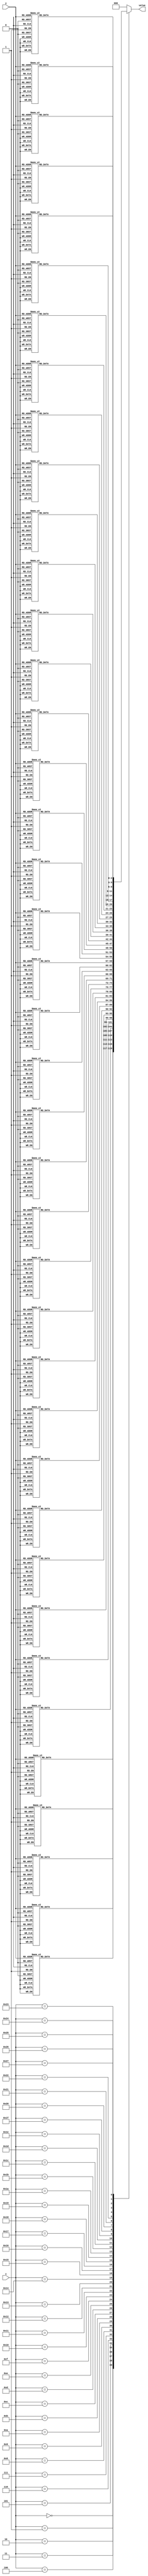
module level_3(x, y, value);
    input [5:0] x;
    input [4:0] y;
    output [2:0] value;

    reg [2:0] value;
    always @(*)
    case (x)
        6'd0: begin
            case (y)
                5'd0: value = 3'd7;
                5'd1: value = 3'd7;
                5'd2: value = 3'd7;
                5'd3: value = 3'd7;
                5'd4: value = 3'd7;
                5'd5: value = 3'd7;
                5'd6: value = 3'd7;
                5'd7: value = 3'd7;
                5'd8: value = 3'd7;
                5'd9: value = 3'd7;
                5'd10: value = 3'd7;
                5'd11: value = 3'd7;
                5'd12: value = 3'd7;
                5'd13: value = 3'd7;
                5'd14: value = 3'd7;
                5'd15: value = 3'd7;
                5'd16: value = 3'd7;
                5'd17: value = 3'd7;
                5'd18: value = 3'd7;
                5'd19: value = 3'd7;
                5'd20: value = 3'd7;
                5'd21: value = 3'd7;
                5'd22: value = 3'd7;
                5'd23: value = 3'd7;
                5'd24: value = 3'd7;
                5'd25: value = 3'd7;
                5'd26: value = 3'd7;
                5'd27: value = 3'd7;
                5'd28: value = 3'd7;
                5'd29: value = 3'd7;
                default: value = 3'd0;
            endcase
        end
        6'd1: begin
            case (y)
                5'd0: value = 3'd7;
                5'd1: value = 3'd0;
                5'd2: value = 3'd0;
                5'd3: value = 3'd0;
                5'd4: value = 3'd5;
                5'd5: value = 3'd5;
                5'd6: value = 3'd5;
                5'd7: value = 3'd5;
                5'd8: value = 3'd5;
                5'd9: value = 3'd5;
                5'd10: value = 3'd5;
                5'd11: value = 3'd5;
                5'd12: value = 3'd5;
                5'd13: value = 3'd5;
                5'd14: value = 3'd5;
                5'd15: value = 3'd5;
                5'd16: value = 3'd5;
                5'd17: value = 3'd5;
                5'd18: value = 3'd5;
                5'd19: value = 3'd5;
                5'd20: value = 3'd5;
                5'd21: value = 3'd5;
                5'd22: value = 3'd5;
                5'd23: value = 3'd5;
                5'd24: value = 3'd5;
                5'd25: value = 3'd5;
                5'd26: value = 3'd4;
                5'd27: value = 3'd4;
                5'd28: value = 3'd4;
                5'd29: value = 3'd7;
                default: value = 3'd0;
            endcase
        end
        6'd2: begin
            case (y)
                5'd0: value = 3'd7;
                5'd1: value = 3'd0;
                5'd2: value = 3'd0;
                5'd3: value = 3'd0;
                5'd4: value = 3'd5;
                5'd5: value = 3'd5;
                5'd6: value = 3'd5;
                5'd7: value = 3'd5;
                5'd8: value = 3'd5;
                5'd9: value = 3'd5;
                5'd10: value = 3'd5;
                5'd11: value = 3'd5;
                5'd12: value = 3'd5;
                5'd13: value = 3'd5;
                5'd14: value = 3'd5;
                5'd15: value = 3'd5;
                5'd16: value = 3'd5;
                5'd17: value = 3'd5;
                5'd18: value = 3'd5;
                5'd19: value = 3'd5;
                5'd20: value = 3'd5;
                5'd21: value = 3'd5;
                5'd22: value = 3'd5;
                5'd23: value = 3'd5;
                5'd24: value = 3'd5;
                5'd25: value = 3'd5;
                5'd26: value = 3'd4;
                5'd27: value = 3'd4;
                5'd28: value = 3'd4;
                5'd29: value = 3'd7;
                default: value = 3'd0;
            endcase
        end
        6'd3: begin
            case (y)
                5'd0: value = 3'd7;
                5'd1: value = 3'd0;
                5'd2: value = 3'd0;
                5'd3: value = 3'd0;
                5'd4: value = 3'd5;
                5'd5: value = 3'd5;
                5'd6: value = 3'd5;
                5'd7: value = 3'd5;
                5'd8: value = 3'd5;
                5'd9: value = 3'd5;
                5'd10: value = 3'd5;
                5'd11: value = 3'd5;
                5'd12: value = 3'd5;
                5'd13: value = 3'd5;
                5'd14: value = 3'd5;
                5'd15: value = 3'd5;
                5'd16: value = 3'd5;
                5'd17: value = 3'd5;
                5'd18: value = 3'd5;
                5'd19: value = 3'd5;
                5'd20: value = 3'd5;
                5'd21: value = 3'd5;
                5'd22: value = 3'd5;
                5'd23: value = 3'd5;
                5'd24: value = 3'd5;
                5'd25: value = 3'd5;
                5'd26: value = 3'd4;
                5'd27: value = 3'd4;
                5'd28: value = 3'd4;
                5'd29: value = 3'd7;
                default: value = 3'd0;
            endcase
        end
        6'd4: begin
            case (y)
                5'd0: value = 3'd7;
                5'd1: value = 3'd0;
                5'd2: value = 3'd0;
                5'd3: value = 3'd0;
                5'd4: value = 3'd5;
                5'd5: value = 3'd5;
                5'd6: value = 3'd5;
                5'd7: value = 3'd5;
                5'd8: value = 3'd5;
                5'd9: value = 3'd5;
                5'd10: value = 3'd5;
                5'd11: value = 3'd5;
                5'd12: value = 3'd5;
                5'd13: value = 3'd5;
                5'd14: value = 3'd5;
                5'd15: value = 3'd5;
                5'd16: value = 3'd5;
                5'd17: value = 3'd5;
                5'd18: value = 3'd5;
                5'd19: value = 3'd5;
                5'd20: value = 3'd5;
                5'd21: value = 3'd5;
                5'd22: value = 3'd5;
                5'd23: value = 3'd5;
                5'd24: value = 3'd5;
                5'd25: value = 3'd5;
                5'd26: value = 3'd0;
                5'd27: value = 3'd0;
                5'd28: value = 3'd0;
                5'd29: value = 3'd7;
                default: value = 3'd0;
            endcase
        end
        6'd5: begin
            case (y)
                5'd0: value = 3'd7;
                5'd1: value = 3'd0;
                5'd2: value = 3'd0;
                5'd3: value = 3'd0;
                5'd4: value = 3'd5;
                5'd5: value = 3'd4;
                5'd6: value = 3'd4;
                5'd7: value = 3'd4;
                5'd8: value = 3'd4;
                5'd9: value = 3'd4;
                5'd10: value = 3'd4;
                5'd11: value = 3'd4;
                5'd12: value = 3'd4;
                5'd13: value = 3'd4;
                5'd14: value = 3'd4;
                5'd15: value = 3'd4;
                5'd16: value = 3'd4;
                5'd17: value = 3'd4;
                5'd18: value = 3'd4;
                5'd19: value = 3'd4;
                5'd20: value = 3'd4;
                5'd21: value = 3'd4;
                5'd22: value = 3'd4;
                5'd23: value = 3'd4;
                5'd24: value = 3'd4;
                5'd25: value = 3'd5;
                5'd26: value = 3'd0;
                5'd27: value = 3'd0;
                5'd28: value = 3'd0;
                5'd29: value = 3'd7;
                default: value = 3'd0;
            endcase
        end
        6'd6: begin
            case (y)
                5'd0: value = 3'd7;
                5'd1: value = 3'd0;
                5'd2: value = 3'd0;
                5'd3: value = 3'd0;
                5'd4: value = 3'd5;
                5'd5: value = 3'd4;
                5'd6: value = 3'd4;
                5'd7: value = 3'd4;
                5'd8: value = 3'd4;
                5'd9: value = 3'd4;
                5'd10: value = 3'd4;
                5'd11: value = 3'd4;
                5'd12: value = 3'd4;
                5'd13: value = 3'd4;
                5'd14: value = 3'd4;
                5'd15: value = 3'd4;
                5'd16: value = 3'd4;
                5'd17: value = 3'd4;
                5'd18: value = 3'd4;
                5'd19: value = 3'd4;
                5'd20: value = 3'd4;
                5'd21: value = 3'd4;
                5'd22: value = 3'd4;
                5'd23: value = 3'd4;
                5'd24: value = 3'd4;
                5'd25: value = 3'd5;
                5'd26: value = 3'd0;
                5'd27: value = 3'd0;
                5'd28: value = 3'd0;
                5'd29: value = 3'd7;
                default: value = 3'd0;
            endcase
        end
        6'd7: begin
            case (y)
                5'd0: value = 3'd7;
                5'd1: value = 3'd0;
                5'd2: value = 3'd0;
                5'd3: value = 3'd0;
                5'd4: value = 3'd5;
                5'd5: value = 3'd4;
                5'd6: value = 3'd4;
                5'd7: value = 3'd4;
                5'd8: value = 3'd4;
                5'd9: value = 3'd4;
                5'd10: value = 3'd4;
                5'd11: value = 3'd4;
                5'd12: value = 3'd4;
                5'd13: value = 3'd4;
                5'd14: value = 3'd4;
                5'd15: value = 3'd4;
                5'd16: value = 3'd4;
                5'd17: value = 3'd4;
                5'd18: value = 3'd4;
                5'd19: value = 3'd4;
                5'd20: value = 3'd4;
                5'd21: value = 3'd4;
                5'd22: value = 3'd4;
                5'd23: value = 3'd4;
                5'd24: value = 3'd4;
                5'd25: value = 3'd5;
                5'd26: value = 3'd0;
                5'd27: value = 3'd0;
                5'd28: value = 3'd0;
                5'd29: value = 3'd7;
                default: value = 3'd0;
            endcase
        end
        6'd8: begin
            case (y)
                5'd0: value = 3'd7;
                5'd1: value = 3'd0;
                5'd2: value = 3'd0;
                5'd3: value = 3'd0;
                5'd4: value = 3'd5;
                5'd5: value = 3'd4;
                5'd6: value = 3'd4;
                5'd7: value = 3'd4;
                5'd8: value = 3'd4;
                5'd9: value = 3'd4;
                5'd10: value = 3'd4;
                5'd11: value = 3'd4;
                5'd12: value = 3'd4;
                5'd13: value = 3'd4;
                5'd14: value = 3'd4;
                5'd15: value = 3'd4;
                5'd16: value = 3'd4;
                5'd17: value = 3'd4;
                5'd18: value = 3'd4;
                5'd19: value = 3'd4;
                5'd20: value = 3'd4;
                5'd21: value = 3'd4;
                5'd22: value = 3'd4;
                5'd23: value = 3'd4;
                5'd24: value = 3'd4;
                5'd25: value = 3'd5;
                5'd26: value = 3'd0;
                5'd27: value = 3'd0;
                5'd28: value = 3'd0;
                5'd29: value = 3'd7;
                default: value = 3'd0;
            endcase
        end
        6'd9: begin
            case (y)
                5'd0: value = 3'd7;
                5'd1: value = 3'd0;
                5'd2: value = 3'd0;
                5'd3: value = 3'd0;
                5'd4: value = 3'd5;
                5'd5: value = 3'd4;
                5'd6: value = 3'd4;
                5'd7: value = 3'd4;
                5'd8: value = 3'd4;
                5'd9: value = 3'd4;
                5'd10: value = 3'd4;
                5'd11: value = 3'd4;
                5'd12: value = 3'd4;
                5'd13: value = 3'd4;
                5'd14: value = 3'd4;
                5'd15: value = 3'd4;
                5'd16: value = 3'd4;
                5'd17: value = 3'd4;
                5'd18: value = 3'd4;
                5'd19: value = 3'd4;
                5'd20: value = 3'd4;
                5'd21: value = 3'd4;
                5'd22: value = 3'd4;
                5'd23: value = 3'd4;
                5'd24: value = 3'd4;
                5'd25: value = 3'd5;
                5'd26: value = 3'd0;
                5'd27: value = 3'd0;
                5'd28: value = 3'd0;
                5'd29: value = 3'd7;
                default: value = 3'd0;
            endcase
        end
        6'd10: begin
            case (y)
                5'd0: value = 3'd7;
                5'd1: value = 3'd0;
                5'd2: value = 3'd0;
                5'd3: value = 3'd0;
                5'd4: value = 3'd5;
                5'd5: value = 3'd4;
                5'd6: value = 3'd4;
                5'd7: value = 3'd4;
                5'd8: value = 3'd4;
                5'd9: value = 3'd4;
                5'd10: value = 3'd4;
                5'd11: value = 3'd4;
                5'd12: value = 3'd4;
                5'd13: value = 3'd4;
                5'd14: value = 3'd4;
                5'd15: value = 3'd4;
                5'd16: value = 3'd4;
                5'd17: value = 3'd4;
                5'd18: value = 3'd4;
                5'd19: value = 3'd4;
                5'd20: value = 3'd4;
                5'd21: value = 3'd4;
                5'd22: value = 3'd4;
                5'd23: value = 3'd4;
                5'd24: value = 3'd4;
                5'd25: value = 3'd5;
                5'd26: value = 3'd0;
                5'd27: value = 3'd0;
                5'd28: value = 3'd0;
                5'd29: value = 3'd7;
                default: value = 3'd0;
            endcase
        end
        6'd11: begin
            case (y)
                5'd0: value = 3'd7;
                5'd1: value = 3'd0;
                5'd2: value = 3'd0;
                5'd3: value = 3'd0;
                5'd4: value = 3'd5;
                5'd5: value = 3'd4;
                5'd6: value = 3'd4;
                5'd7: value = 3'd4;
                5'd8: value = 3'd4;
                5'd9: value = 3'd4;
                5'd10: value = 3'd4;
                5'd11: value = 3'd4;
                5'd12: value = 3'd4;
                5'd13: value = 3'd4;
                5'd14: value = 3'd4;
                5'd15: value = 3'd4;
                5'd16: value = 3'd4;
                5'd17: value = 3'd4;
                5'd18: value = 3'd4;
                5'd19: value = 3'd4;
                5'd20: value = 3'd4;
                5'd21: value = 3'd4;
                5'd22: value = 3'd4;
                5'd23: value = 3'd4;
                5'd24: value = 3'd4;
                5'd25: value = 3'd5;
                5'd26: value = 3'd0;
                5'd27: value = 3'd0;
                5'd28: value = 3'd0;
                5'd29: value = 3'd7;
                default: value = 3'd0;
            endcase
        end
        6'd12: begin
            case (y)
                5'd0: value = 3'd7;
                5'd1: value = 3'd0;
                5'd2: value = 3'd0;
                5'd3: value = 3'd0;
                5'd4: value = 3'd5;
                5'd5: value = 3'd4;
                5'd6: value = 3'd4;
                5'd7: value = 3'd4;
                5'd8: value = 3'd4;
                5'd9: value = 3'd4;
                5'd10: value = 3'd4;
                5'd11: value = 3'd4;
                5'd12: value = 3'd4;
                5'd13: value = 3'd4;
                5'd14: value = 3'd4;
                5'd15: value = 3'd4;
                5'd16: value = 3'd4;
                5'd17: value = 3'd4;
                5'd18: value = 3'd4;
                5'd19: value = 3'd4;
                5'd20: value = 3'd4;
                5'd21: value = 3'd4;
                5'd22: value = 3'd4;
                5'd23: value = 3'd4;
                5'd24: value = 3'd4;
                5'd25: value = 3'd5;
                5'd26: value = 3'd0;
                5'd27: value = 3'd0;
                5'd28: value = 3'd0;
                5'd29: value = 3'd7;
                default: value = 3'd0;
            endcase
        end
        6'd13: begin
            case (y)
                5'd0: value = 3'd7;
                5'd1: value = 3'd0;
                5'd2: value = 3'd0;
                5'd3: value = 3'd0;
                5'd4: value = 3'd5;
                5'd5: value = 3'd4;
                5'd6: value = 3'd4;
                5'd7: value = 3'd4;
                5'd8: value = 3'd4;
                5'd9: value = 3'd4;
                5'd10: value = 3'd4;
                5'd11: value = 3'd4;
                5'd12: value = 3'd4;
                5'd13: value = 3'd4;
                5'd14: value = 3'd4;
                5'd15: value = 3'd4;
                5'd16: value = 3'd4;
                5'd17: value = 3'd4;
                5'd18: value = 3'd4;
                5'd19: value = 3'd4;
                5'd20: value = 3'd4;
                5'd21: value = 3'd4;
                5'd22: value = 3'd4;
                5'd23: value = 3'd4;
                5'd24: value = 3'd4;
                5'd25: value = 3'd5;
                5'd26: value = 3'd0;
                5'd27: value = 3'd0;
                5'd28: value = 3'd0;
                5'd29: value = 3'd7;
                default: value = 3'd0;
            endcase
        end
        6'd14: begin
            case (y)
                5'd0: value = 3'd7;
                5'd1: value = 3'd0;
                5'd2: value = 3'd0;
                5'd3: value = 3'd0;
                5'd4: value = 3'd5;
                5'd5: value = 3'd4;
                5'd6: value = 3'd4;
                5'd7: value = 3'd4;
                5'd8: value = 3'd4;
                5'd9: value = 3'd4;
                5'd10: value = 3'd4;
                5'd11: value = 3'd4;
                5'd12: value = 3'd4;
                5'd13: value = 3'd4;
                5'd14: value = 3'd4;
                5'd15: value = 3'd4;
                5'd16: value = 3'd4;
                5'd17: value = 3'd4;
                5'd18: value = 3'd4;
                5'd19: value = 3'd4;
                5'd20: value = 3'd4;
                5'd21: value = 3'd4;
                5'd22: value = 3'd4;
                5'd23: value = 3'd4;
                5'd24: value = 3'd4;
                5'd25: value = 3'd5;
                5'd26: value = 3'd0;
                5'd27: value = 3'd0;
                5'd28: value = 3'd0;
                5'd29: value = 3'd7;
                default: value = 3'd0;
            endcase
        end
        6'd15: begin
            case (y)
                5'd0: value = 3'd7;
                5'd1: value = 3'd0;
                5'd2: value = 3'd0;
                5'd3: value = 3'd0;
                5'd4: value = 3'd5;
                5'd5: value = 3'd4;
                5'd6: value = 3'd4;
                5'd7: value = 3'd4;
                5'd8: value = 3'd4;
                5'd9: value = 3'd4;
                5'd10: value = 3'd4;
                5'd11: value = 3'd4;
                5'd12: value = 3'd4;
                5'd13: value = 3'd4;
                5'd14: value = 3'd4;
                5'd15: value = 3'd4;
                5'd16: value = 3'd4;
                5'd17: value = 3'd4;
                5'd18: value = 3'd4;
                5'd19: value = 3'd4;
                5'd20: value = 3'd4;
                5'd21: value = 3'd4;
                5'd22: value = 3'd4;
                5'd23: value = 3'd4;
                5'd24: value = 3'd4;
                5'd25: value = 3'd5;
                5'd26: value = 3'd0;
                5'd27: value = 3'd0;
                5'd28: value = 3'd0;
                5'd29: value = 3'd7;
                default: value = 3'd0;
            endcase
        end
        6'd16: begin
            case (y)
                5'd0: value = 3'd7;
                5'd1: value = 3'd0;
                5'd2: value = 3'd0;
                5'd3: value = 3'd0;
                5'd4: value = 3'd5;
                5'd5: value = 3'd4;
                5'd6: value = 3'd4;
                5'd7: value = 3'd4;
                5'd8: value = 3'd4;
                5'd9: value = 3'd4;
                5'd10: value = 3'd4;
                5'd11: value = 3'd4;
                5'd12: value = 3'd4;
                5'd13: value = 3'd4;
                5'd14: value = 3'd4;
                5'd15: value = 3'd4;
                5'd16: value = 3'd4;
                5'd17: value = 3'd4;
                5'd18: value = 3'd4;
                5'd19: value = 3'd4;
                5'd20: value = 3'd4;
                5'd21: value = 3'd4;
                5'd22: value = 3'd4;
                5'd23: value = 3'd4;
                5'd24: value = 3'd4;
                5'd25: value = 3'd5;
                5'd26: value = 3'd0;
                5'd27: value = 3'd0;
                5'd28: value = 3'd0;
                5'd29: value = 3'd7;
                default: value = 3'd0;
            endcase
        end
        6'd17: begin
            case (y)
                5'd0: value = 3'd7;
                5'd1: value = 3'd0;
                5'd2: value = 3'd0;
                5'd3: value = 3'd0;
                5'd4: value = 3'd5;
                5'd5: value = 3'd4;
                5'd6: value = 3'd4;
                5'd7: value = 3'd4;
                5'd8: value = 3'd4;
                5'd9: value = 3'd4;
                5'd10: value = 3'd4;
                5'd11: value = 3'd4;
                5'd12: value = 3'd4;
                5'd13: value = 3'd4;
                5'd14: value = 3'd4;
                5'd15: value = 3'd4;
                5'd16: value = 3'd4;
                5'd17: value = 3'd4;
                5'd18: value = 3'd4;
                5'd19: value = 3'd4;
                5'd20: value = 3'd4;
                5'd21: value = 3'd4;
                5'd22: value = 3'd4;
                5'd23: value = 3'd4;
                5'd24: value = 3'd4;
                5'd25: value = 3'd5;
                5'd26: value = 3'd0;
                5'd27: value = 3'd0;
                5'd28: value = 3'd0;
                5'd29: value = 3'd7;
                default: value = 3'd0;
            endcase
        end
        6'd18: begin
            case (y)
                5'd0: value = 3'd7;
                5'd1: value = 3'd0;
                5'd2: value = 3'd0;
                5'd3: value = 3'd0;
                5'd4: value = 3'd0;
                5'd5: value = 3'd0;
                5'd6: value = 3'd0;
                5'd7: value = 3'd0;
                5'd8: value = 3'd0;
                5'd9: value = 3'd0;
                5'd10: value = 3'd0;
                5'd11: value = 3'd0;
                5'd12: value = 3'd0;
                5'd13: value = 3'd0;
                5'd14: value = 3'd0;
                5'd15: value = 3'd0;
                5'd16: value = 3'd0;
                5'd17: value = 3'd0;
                5'd18: value = 3'd0;
                5'd19: value = 3'd0;
                5'd20: value = 3'd0;
                5'd21: value = 3'd0;
                5'd22: value = 3'd0;
                5'd23: value = 3'd0;
                5'd24: value = 3'd0;
                5'd25: value = 3'd0;
                5'd26: value = 3'd0;
                5'd27: value = 3'd0;
                5'd28: value = 3'd0;
                5'd29: value = 3'd7;
                default: value = 3'd0;
            endcase
        end
        6'd19: begin
            case (y)
                5'd0: value = 3'd7;
                5'd1: value = 3'd0;
                5'd2: value = 3'd0;
                5'd3: value = 3'd0;
                5'd4: value = 3'd0;
                5'd5: value = 3'd0;
                5'd6: value = 3'd0;
                5'd7: value = 3'd0;
                5'd8: value = 3'd0;
                5'd9: value = 3'd0;
                5'd10: value = 3'd0;
                5'd11: value = 3'd0;
                5'd12: value = 3'd0;
                5'd13: value = 3'd0;
                5'd14: value = 3'd0;
                5'd15: value = 3'd0;
                5'd16: value = 3'd0;
                5'd17: value = 3'd0;
                5'd18: value = 3'd0;
                5'd19: value = 3'd0;
                5'd20: value = 3'd0;
                5'd21: value = 3'd0;
                5'd22: value = 3'd0;
                5'd23: value = 3'd0;
                5'd24: value = 3'd0;
                5'd25: value = 3'd0;
                5'd26: value = 3'd0;
                5'd27: value = 3'd0;
                5'd28: value = 3'd0;
                5'd29: value = 3'd7;
                default: value = 3'd0;
            endcase
        end
        6'd20: begin
            case (y)
                5'd0: value = 3'd7;
                5'd1: value = 3'd0;
                5'd2: value = 3'd0;
                5'd3: value = 3'd0;
                5'd4: value = 3'd5;
                5'd5: value = 3'd4;
                5'd6: value = 3'd4;
                5'd7: value = 3'd4;
                5'd8: value = 3'd4;
                5'd9: value = 3'd4;
                5'd10: value = 3'd4;
                5'd11: value = 3'd4;
                5'd12: value = 3'd4;
                5'd13: value = 3'd4;
                5'd14: value = 3'd4;
                5'd15: value = 3'd4;
                5'd16: value = 3'd4;
                5'd17: value = 3'd4;
                5'd18: value = 3'd4;
                5'd19: value = 3'd4;
                5'd20: value = 3'd4;
                5'd21: value = 3'd4;
                5'd22: value = 3'd4;
                5'd23: value = 3'd4;
                5'd24: value = 3'd4;
                5'd25: value = 3'd5;
                5'd26: value = 3'd0;
                5'd27: value = 3'd0;
                5'd28: value = 3'd0;
                5'd29: value = 3'd7;
                default: value = 3'd0;
            endcase
        end
        6'd21: begin
            case (y)
                5'd0: value = 3'd7;
                5'd1: value = 3'd0;
                5'd2: value = 3'd0;
                5'd3: value = 3'd0;
                5'd4: value = 3'd5;
                5'd5: value = 3'd4;
                5'd6: value = 3'd4;
                5'd7: value = 3'd4;
                5'd8: value = 3'd4;
                5'd9: value = 3'd4;
                5'd10: value = 3'd4;
                5'd11: value = 3'd4;
                5'd12: value = 3'd4;
                5'd13: value = 3'd4;
                5'd14: value = 3'd4;
                5'd15: value = 3'd4;
                5'd16: value = 3'd4;
                5'd17: value = 3'd4;
                5'd18: value = 3'd4;
                5'd19: value = 3'd4;
                5'd20: value = 3'd4;
                5'd21: value = 3'd4;
                5'd22: value = 3'd4;
                5'd23: value = 3'd4;
                5'd24: value = 3'd4;
                5'd25: value = 3'd5;
                5'd26: value = 3'd0;
                5'd27: value = 3'd0;
                5'd28: value = 3'd0;
                5'd29: value = 3'd7;
                default: value = 3'd0;
            endcase
        end
        6'd22: begin
            case (y)
                5'd0: value = 3'd7;
                5'd1: value = 3'd0;
                5'd2: value = 3'd0;
                5'd3: value = 3'd0;
                5'd4: value = 3'd5;
                5'd5: value = 3'd4;
                5'd6: value = 3'd4;
                5'd7: value = 3'd4;
                5'd8: value = 3'd4;
                5'd9: value = 3'd4;
                5'd10: value = 3'd4;
                5'd11: value = 3'd4;
                5'd12: value = 3'd4;
                5'd13: value = 3'd4;
                5'd14: value = 3'd4;
                5'd15: value = 3'd4;
                5'd16: value = 3'd4;
                5'd17: value = 3'd4;
                5'd18: value = 3'd4;
                5'd19: value = 3'd4;
                5'd20: value = 3'd4;
                5'd21: value = 3'd4;
                5'd22: value = 3'd4;
                5'd23: value = 3'd4;
                5'd24: value = 3'd4;
                5'd25: value = 3'd5;
                5'd26: value = 3'd0;
                5'd27: value = 3'd0;
                5'd28: value = 3'd0;
                5'd29: value = 3'd7;
                default: value = 3'd0;
            endcase
        end
        6'd23: begin
            case (y)
                5'd0: value = 3'd7;
                5'd1: value = 3'd0;
                5'd2: value = 3'd0;
                5'd3: value = 3'd0;
                5'd4: value = 3'd5;
                5'd5: value = 3'd4;
                5'd6: value = 3'd4;
                5'd7: value = 3'd4;
                5'd8: value = 3'd4;
                5'd9: value = 3'd4;
                5'd10: value = 3'd4;
                5'd11: value = 3'd4;
                5'd12: value = 3'd4;
                5'd13: value = 3'd4;
                5'd14: value = 3'd4;
                5'd15: value = 3'd4;
                5'd16: value = 3'd4;
                5'd17: value = 3'd4;
                5'd18: value = 3'd4;
                5'd19: value = 3'd4;
                5'd20: value = 3'd4;
                5'd21: value = 3'd4;
                5'd22: value = 3'd4;
                5'd23: value = 3'd4;
                5'd24: value = 3'd4;
                5'd25: value = 3'd5;
                5'd26: value = 3'd0;
                5'd27: value = 3'd0;
                5'd28: value = 3'd0;
                5'd29: value = 3'd7;
                default: value = 3'd0;
            endcase
        end
        6'd24: begin
            case (y)
                5'd0: value = 3'd7;
                5'd1: value = 3'd0;
                5'd2: value = 3'd0;
                5'd3: value = 3'd0;
                5'd4: value = 3'd5;
                5'd5: value = 3'd4;
                5'd6: value = 3'd4;
                5'd7: value = 3'd4;
                5'd8: value = 3'd4;
                5'd9: value = 3'd4;
                5'd10: value = 3'd4;
                5'd11: value = 3'd4;
                5'd12: value = 3'd4;
                5'd13: value = 3'd4;
                5'd14: value = 3'd4;
                5'd15: value = 3'd4;
                5'd16: value = 3'd4;
                5'd17: value = 3'd4;
                5'd18: value = 3'd4;
                5'd19: value = 3'd4;
                5'd20: value = 3'd4;
                5'd21: value = 3'd4;
                5'd22: value = 3'd4;
                5'd23: value = 3'd4;
                5'd24: value = 3'd4;
                5'd25: value = 3'd5;
                5'd26: value = 3'd0;
                5'd27: value = 3'd0;
                5'd28: value = 3'd0;
                5'd29: value = 3'd7;
                default: value = 3'd0;
            endcase
        end
        6'd25: begin
            case (y)
                5'd0: value = 3'd7;
                5'd1: value = 3'd0;
                5'd2: value = 3'd0;
                5'd3: value = 3'd0;
                5'd4: value = 3'd5;
                5'd5: value = 3'd4;
                5'd6: value = 3'd4;
                5'd7: value = 3'd4;
                5'd8: value = 3'd4;
                5'd9: value = 3'd4;
                5'd10: value = 3'd4;
                5'd11: value = 3'd4;
                5'd12: value = 3'd4;
                5'd13: value = 3'd4;
                5'd14: value = 3'd4;
                5'd15: value = 3'd4;
                5'd16: value = 3'd4;
                5'd17: value = 3'd4;
                5'd18: value = 3'd4;
                5'd19: value = 3'd4;
                5'd20: value = 3'd4;
                5'd21: value = 3'd4;
                5'd22: value = 3'd4;
                5'd23: value = 3'd4;
                5'd24: value = 3'd4;
                5'd25: value = 3'd5;
                5'd26: value = 3'd0;
                5'd27: value = 3'd0;
                5'd28: value = 3'd0;
                5'd29: value = 3'd7;
                default: value = 3'd0;
            endcase
        end
        6'd26: begin
            case (y)
                5'd0: value = 3'd7;
                5'd1: value = 3'd0;
                5'd2: value = 3'd0;
                5'd3: value = 3'd0;
                5'd4: value = 3'd5;
                5'd5: value = 3'd4;
                5'd6: value = 3'd4;
                5'd7: value = 3'd4;
                5'd8: value = 3'd4;
                5'd9: value = 3'd4;
                5'd10: value = 3'd4;
                5'd11: value = 3'd4;
                5'd12: value = 3'd4;
                5'd13: value = 3'd4;
                5'd14: value = 3'd4;
                5'd15: value = 3'd4;
                5'd16: value = 3'd4;
                5'd17: value = 3'd4;
                5'd18: value = 3'd4;
                5'd19: value = 3'd4;
                5'd20: value = 3'd4;
                5'd21: value = 3'd4;
                5'd22: value = 3'd4;
                5'd23: value = 3'd4;
                5'd24: value = 3'd4;
                5'd25: value = 3'd5;
                5'd26: value = 3'd0;
                5'd27: value = 3'd0;
                5'd28: value = 3'd0;
                5'd29: value = 3'd7;
                default: value = 3'd0;
            endcase
        end
        6'd27: begin
            case (y)
                5'd0: value = 3'd7;
                5'd1: value = 3'd0;
                5'd2: value = 3'd0;
                5'd3: value = 3'd0;
                5'd4: value = 3'd5;
                5'd5: value = 3'd4;
                5'd6: value = 3'd4;
                5'd7: value = 3'd4;
                5'd8: value = 3'd4;
                5'd9: value = 3'd4;
                5'd10: value = 3'd4;
                5'd11: value = 3'd4;
                5'd12: value = 3'd4;
                5'd13: value = 3'd4;
                5'd14: value = 3'd4;
                5'd15: value = 3'd4;
                5'd16: value = 3'd4;
                5'd17: value = 3'd4;
                5'd18: value = 3'd4;
                5'd19: value = 3'd4;
                5'd20: value = 3'd4;
                5'd21: value = 3'd4;
                5'd22: value = 3'd4;
                5'd23: value = 3'd4;
                5'd24: value = 3'd4;
                5'd25: value = 3'd5;
                5'd26: value = 3'd0;
                5'd27: value = 3'd0;
                5'd28: value = 3'd0;
                5'd29: value = 3'd7;
                default: value = 3'd0;
            endcase
        end
        6'd28: begin
            case (y)
                5'd0: value = 3'd7;
                5'd1: value = 3'd0;
                5'd2: value = 3'd0;
                5'd3: value = 3'd0;
                5'd4: value = 3'd5;
                5'd5: value = 3'd4;
                5'd6: value = 3'd4;
                5'd7: value = 3'd4;
                5'd8: value = 3'd4;
                5'd9: value = 3'd4;
                5'd10: value = 3'd4;
                5'd11: value = 3'd4;
                5'd12: value = 3'd4;
                5'd13: value = 3'd4;
                5'd14: value = 3'd4;
                5'd15: value = 3'd4;
                5'd16: value = 3'd4;
                5'd17: value = 3'd4;
                5'd18: value = 3'd4;
                5'd19: value = 3'd4;
                5'd20: value = 3'd4;
                5'd21: value = 3'd4;
                5'd22: value = 3'd4;
                5'd23: value = 3'd4;
                5'd24: value = 3'd4;
                5'd25: value = 3'd5;
                5'd26: value = 3'd0;
                5'd27: value = 3'd0;
                5'd28: value = 3'd0;
                5'd29: value = 3'd7;
                default: value = 3'd0;
            endcase
        end
        6'd29: begin
            case (y)
                5'd0: value = 3'd7;
                5'd1: value = 3'd0;
                5'd2: value = 3'd0;
                5'd3: value = 3'd0;
                5'd4: value = 3'd5;
                5'd5: value = 3'd4;
                5'd6: value = 3'd4;
                5'd7: value = 3'd4;
                5'd8: value = 3'd4;
                5'd9: value = 3'd4;
                5'd10: value = 3'd4;
                5'd11: value = 3'd4;
                5'd12: value = 3'd4;
                5'd13: value = 3'd4;
                5'd14: value = 3'd4;
                5'd15: value = 3'd4;
                5'd16: value = 3'd4;
                5'd17: value = 3'd4;
                5'd18: value = 3'd4;
                5'd19: value = 3'd4;
                5'd20: value = 3'd4;
                5'd21: value = 3'd4;
                5'd22: value = 3'd4;
                5'd23: value = 3'd4;
                5'd24: value = 3'd4;
                5'd25: value = 3'd5;
                5'd26: value = 3'd0;
                5'd27: value = 3'd0;
                5'd28: value = 3'd0;
                5'd29: value = 3'd7;
                default: value = 3'd0;
            endcase
        end
        6'd30: begin
            case (y)
                5'd0: value = 3'd7;
                5'd1: value = 3'd0;
                5'd2: value = 3'd0;
                5'd3: value = 3'd0;
                5'd4: value = 3'd5;
                5'd5: value = 3'd4;
                5'd6: value = 3'd4;
                5'd7: value = 3'd4;
                5'd8: value = 3'd4;
                5'd9: value = 3'd4;
                5'd10: value = 3'd4;
                5'd11: value = 3'd4;
                5'd12: value = 3'd4;
                5'd13: value = 3'd4;
                5'd14: value = 3'd4;
                5'd15: value = 3'd4;
                5'd16: value = 3'd4;
                5'd17: value = 3'd4;
                5'd18: value = 3'd4;
                5'd19: value = 3'd4;
                5'd20: value = 3'd4;
                5'd21: value = 3'd4;
                5'd22: value = 3'd4;
                5'd23: value = 3'd4;
                5'd24: value = 3'd4;
                5'd25: value = 3'd5;
                5'd26: value = 3'd0;
                5'd27: value = 3'd0;
                5'd28: value = 3'd0;
                5'd29: value = 3'd7;
                default: value = 3'd0;
            endcase
        end
        6'd31: begin
            case (y)
                5'd0: value = 3'd7;
                5'd1: value = 3'd0;
                5'd2: value = 3'd0;
                5'd3: value = 3'd0;
                5'd4: value = 3'd5;
                5'd5: value = 3'd4;
                5'd6: value = 3'd4;
                5'd7: value = 3'd4;
                5'd8: value = 3'd4;
                5'd9: value = 3'd4;
                5'd10: value = 3'd4;
                5'd11: value = 3'd4;
                5'd12: value = 3'd4;
                5'd13: value = 3'd4;
                5'd14: value = 3'd4;
                5'd15: value = 3'd4;
                5'd16: value = 3'd4;
                5'd17: value = 3'd4;
                5'd18: value = 3'd4;
                5'd19: value = 3'd4;
                5'd20: value = 3'd4;
                5'd21: value = 3'd4;
                5'd22: value = 3'd4;
                5'd23: value = 3'd4;
                5'd24: value = 3'd4;
                5'd25: value = 3'd5;
                5'd26: value = 3'd0;
                5'd27: value = 3'd0;
                5'd28: value = 3'd0;
                5'd29: value = 3'd7;
                default: value = 3'd0;
            endcase
        end
        6'd32: begin
            case (y)
                5'd0: value = 3'd7;
                5'd1: value = 3'd0;
                5'd2: value = 3'd0;
                5'd3: value = 3'd0;
                5'd4: value = 3'd5;
                5'd5: value = 3'd4;
                5'd6: value = 3'd4;
                5'd7: value = 3'd4;
                5'd8: value = 3'd4;
                5'd9: value = 3'd4;
                5'd10: value = 3'd4;
                5'd11: value = 3'd4;
                5'd12: value = 3'd4;
                5'd13: value = 3'd4;
                5'd14: value = 3'd4;
                5'd15: value = 3'd4;
                5'd16: value = 3'd4;
                5'd17: value = 3'd4;
                5'd18: value = 3'd4;
                5'd19: value = 3'd4;
                5'd20: value = 3'd4;
                5'd21: value = 3'd4;
                5'd22: value = 3'd4;
                5'd23: value = 3'd4;
                5'd24: value = 3'd4;
                5'd25: value = 3'd5;
                5'd26: value = 3'd0;
                5'd27: value = 3'd0;
                5'd28: value = 3'd0;
                5'd29: value = 3'd7;
                default: value = 3'd0;
            endcase
        end
        6'd33: begin
            case (y)
                5'd0: value = 3'd7;
                5'd1: value = 3'd0;
                5'd2: value = 3'd0;
                5'd3: value = 3'd0;
                5'd4: value = 3'd5;
                5'd5: value = 3'd4;
                5'd6: value = 3'd4;
                5'd7: value = 3'd4;
                5'd8: value = 3'd4;
                5'd9: value = 3'd4;
                5'd10: value = 3'd4;
                5'd11: value = 3'd4;
                5'd12: value = 3'd4;
                5'd13: value = 3'd4;
                5'd14: value = 3'd4;
                5'd15: value = 3'd4;
                5'd16: value = 3'd4;
                5'd17: value = 3'd4;
                5'd18: value = 3'd4;
                5'd19: value = 3'd4;
                5'd20: value = 3'd4;
                5'd21: value = 3'd4;
                5'd22: value = 3'd4;
                5'd23: value = 3'd4;
                5'd24: value = 3'd4;
                5'd25: value = 3'd5;
                5'd26: value = 3'd0;
                5'd27: value = 3'd0;
                5'd28: value = 3'd0;
                5'd29: value = 3'd7;
                default: value = 3'd0;
            endcase
        end
        6'd34: begin
            case (y)
                5'd0: value = 3'd7;
                5'd1: value = 3'd0;
                5'd2: value = 3'd0;
                5'd3: value = 3'd0;
                5'd4: value = 3'd5;
                5'd5: value = 3'd4;
                5'd6: value = 3'd4;
                5'd7: value = 3'd4;
                5'd8: value = 3'd4;
                5'd9: value = 3'd4;
                5'd10: value = 3'd4;
                5'd11: value = 3'd4;
                5'd12: value = 3'd4;
                5'd13: value = 3'd4;
                5'd14: value = 3'd4;
                5'd15: value = 3'd4;
                5'd16: value = 3'd4;
                5'd17: value = 3'd4;
                5'd18: value = 3'd4;
                5'd19: value = 3'd4;
                5'd20: value = 3'd4;
                5'd21: value = 3'd4;
                5'd22: value = 3'd4;
                5'd23: value = 3'd4;
                5'd24: value = 3'd4;
                5'd25: value = 3'd5;
                5'd26: value = 3'd0;
                5'd27: value = 3'd0;
                5'd28: value = 3'd0;
                5'd29: value = 3'd7;
                default: value = 3'd0;
            endcase
        end
        6'd35: begin
            case (y)
                5'd0: value = 3'd7;
                5'd1: value = 3'd0;
                5'd2: value = 3'd0;
                5'd3: value = 3'd0;
                5'd4: value = 3'd5;
                5'd5: value = 3'd5;
                5'd6: value = 3'd5;
                5'd7: value = 3'd5;
                5'd8: value = 3'd5;
                5'd9: value = 3'd5;
                5'd10: value = 3'd5;
                5'd11: value = 3'd5;
                5'd12: value = 3'd5;
                5'd13: value = 3'd5;
                5'd14: value = 3'd5;
                5'd15: value = 3'd5;
                5'd16: value = 3'd5;
                5'd17: value = 3'd5;
                5'd18: value = 3'd5;
                5'd19: value = 3'd5;
                5'd20: value = 3'd5;
                5'd21: value = 3'd5;
                5'd22: value = 3'd5;
                5'd23: value = 3'd5;
                5'd24: value = 3'd5;
                5'd25: value = 3'd5;
                5'd26: value = 3'd0;
                5'd27: value = 3'd0;
                5'd28: value = 3'd0;
                5'd29: value = 3'd7;
                default: value = 3'd0;
            endcase
        end
        6'd36: begin
            case (y)
                5'd0: value = 3'd7;
                5'd1: value = 3'd0;
                5'd2: value = 3'd0;
                5'd3: value = 3'd0;
                5'd4: value = 3'd5;
                5'd5: value = 3'd5;
                5'd6: value = 3'd5;
                5'd7: value = 3'd5;
                5'd8: value = 3'd5;
                5'd9: value = 3'd5;
                5'd10: value = 3'd5;
                5'd11: value = 3'd5;
                5'd12: value = 3'd5;
                5'd13: value = 3'd5;
                5'd14: value = 3'd5;
                5'd15: value = 3'd5;
                5'd16: value = 3'd5;
                5'd17: value = 3'd5;
                5'd18: value = 3'd5;
                5'd19: value = 3'd5;
                5'd20: value = 3'd5;
                5'd21: value = 3'd5;
                5'd22: value = 3'd5;
                5'd23: value = 3'd5;
                5'd24: value = 3'd5;
                5'd25: value = 3'd5;
                5'd26: value = 3'd4;
                5'd27: value = 3'd4;
                5'd28: value = 3'd4;
                5'd29: value = 3'd7;
                default: value = 3'd0;
            endcase
        end
        6'd37: begin
            case (y)
                5'd0: value = 3'd7;
                5'd1: value = 3'd0;
                5'd2: value = 3'd0;
                5'd3: value = 3'd0;
                5'd4: value = 3'd5;
                5'd5: value = 3'd5;
                5'd6: value = 3'd5;
                5'd7: value = 3'd5;
                5'd8: value = 3'd5;
                5'd9: value = 3'd5;
                5'd10: value = 3'd5;
                5'd11: value = 3'd5;
                5'd12: value = 3'd5;
                5'd13: value = 3'd5;
                5'd14: value = 3'd5;
                5'd15: value = 3'd5;
                5'd16: value = 3'd5;
                5'd17: value = 3'd5;
                5'd18: value = 3'd5;
                5'd19: value = 3'd5;
                5'd20: value = 3'd5;
                5'd21: value = 3'd5;
                5'd22: value = 3'd5;
                5'd23: value = 3'd5;
                5'd24: value = 3'd5;
                5'd25: value = 3'd5;
                5'd26: value = 3'd4;
                5'd27: value = 3'd4;
                5'd28: value = 3'd4;
                5'd29: value = 3'd7;
                default: value = 3'd0;
            endcase
        end
        6'd38: begin
            case (y)
                5'd0: value = 3'd7;
                5'd1: value = 3'd0;
                5'd2: value = 3'd0;
                5'd3: value = 3'd0;
                5'd4: value = 3'd5;
                5'd5: value = 3'd5;
                5'd6: value = 3'd5;
                5'd7: value = 3'd5;
                5'd8: value = 3'd5;
                5'd9: value = 3'd5;
                5'd10: value = 3'd5;
                5'd11: value = 3'd5;
                5'd12: value = 3'd5;
                5'd13: value = 3'd5;
                5'd14: value = 3'd5;
                5'd15: value = 3'd5;
                5'd16: value = 3'd5;
                5'd17: value = 3'd5;
                5'd18: value = 3'd5;
                5'd19: value = 3'd5;
                5'd20: value = 3'd5;
                5'd21: value = 3'd5;
                5'd22: value = 3'd5;
                5'd23: value = 3'd5;
                5'd24: value = 3'd5;
                5'd25: value = 3'd5;
                5'd26: value = 3'd4;
                5'd27: value = 3'd4;
                5'd28: value = 3'd4;
                5'd29: value = 3'd7;
                default: value = 3'd0;
            endcase
        end
        6'd39: begin
            case (y)
                5'd0: value = 3'd7;
                5'd1: value = 3'd7;
                5'd2: value = 3'd7;
                5'd3: value = 3'd7;
                5'd4: value = 3'd7;
                5'd5: value = 3'd7;
                5'd6: value = 3'd7;
                5'd7: value = 3'd7;
                5'd8: value = 3'd7;
                5'd9: value = 3'd7;
                5'd10: value = 3'd7;
                5'd11: value = 3'd7;
                5'd12: value = 3'd7;
                5'd13: value = 3'd7;
                5'd14: value = 3'd7;
                5'd15: value = 3'd7;
                5'd16: value = 3'd7;
                5'd17: value = 3'd7;
                5'd18: value = 3'd7;
                5'd19: value = 3'd7;
                5'd20: value = 3'd7;
                5'd21: value = 3'd7;
                5'd22: value = 3'd7;
                5'd23: value = 3'd7;
                5'd24: value = 3'd7;
                5'd25: value = 3'd7;
                5'd26: value = 3'd7;
                5'd27: value = 3'd7;
                5'd28: value = 3'd7;
                5'd29: value = 3'd7;
                default: value = 3'd0;
            endcase
        end
        default: value = 3'd0;
    endcase
endmodule